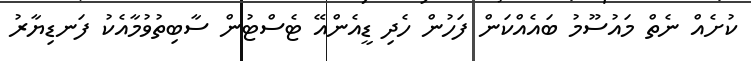
ކުށެއް ނެތް މައުސޫމު ބައެއްކަން ފަހުން ހެދި ޑީއެންއޭ ޓެސްޓުން ސާބިތުވުމާއެކު ފަނޑިޔާރު